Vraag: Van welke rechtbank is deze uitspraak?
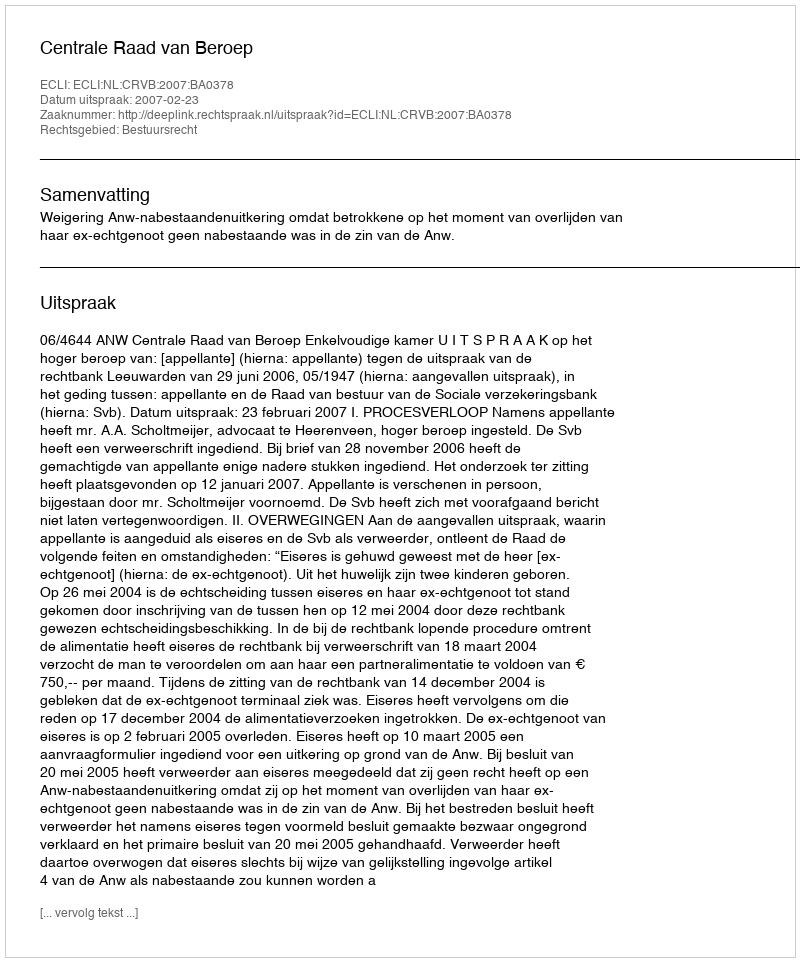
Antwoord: Centrale Raad van Beroep